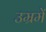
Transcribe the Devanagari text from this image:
उम्रमें